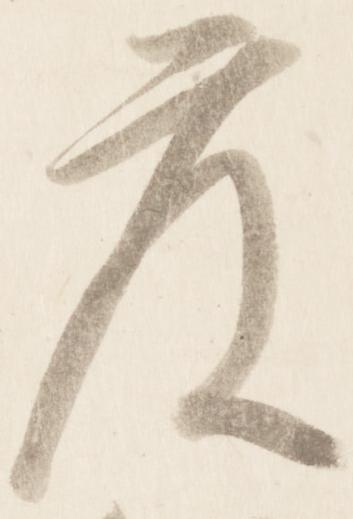
度